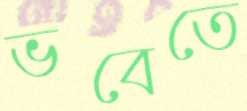
ভবেতে